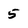
Character: 5